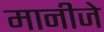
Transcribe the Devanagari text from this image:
मानीजे